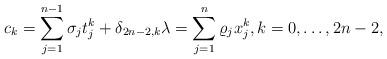
LaTeX: \begin{align*}{c}_k=\sum_{j=1}^{n-1}{\sigma}_j{t}_j^k +\delta_{2n-2,k}{\lambda}=\sum_{j=1}^n{\varrho}_j{x}_j^k,k=0,\dots, 2n-2,\end{align*}